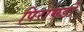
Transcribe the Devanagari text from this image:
पिरामडों